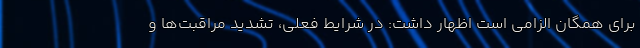
برای همگان الزامی است اظهار داشت: در شرایط فعلی، تشدید مراقبت‌ها و